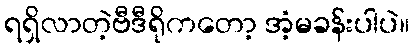
ရရှိလာတဲ့ဗီဒီရိုကတော့ အံ့မခန်းပါပဲ။